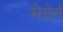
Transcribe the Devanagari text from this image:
मेयेर्स